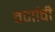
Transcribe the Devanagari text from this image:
वर्णावी